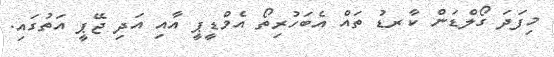
މިފަދަ ގޯލްޑަން ކާރޑު ތައް އެބަހުރިތޯ އެމްޑީޕީ އާއި އަދި ޖޭޕީ އަތުގައި.